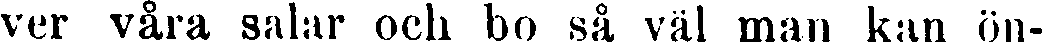
ver våra salar och bo så väl man kan ön-